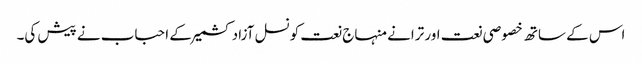
اس کے ساتھ خصوصی نعت اور ترانے منہاج نعت کونسل آزاد کشمیر کے احباب نے پیش کی۔